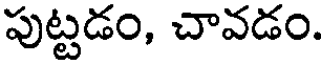
పుట్టడం, చావడం.